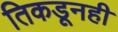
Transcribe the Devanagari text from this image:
तिकडूनही